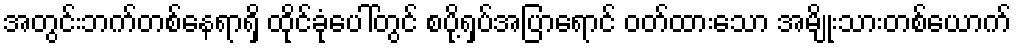
အတွင်းဘက်တစ်နေရာရှိ ထိုင်ခုံပေါ်တွင် စပို့ရှပ်အပြာရောင် ဝတ်ထားသော အမျိုးသားတစ်ယောက်